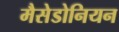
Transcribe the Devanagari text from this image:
मैसेडोनियन